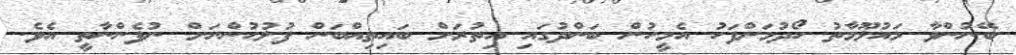
ބޭނުންވާ މައުލޫމާތު ހޯދުމަށްފަހު އެމީހުން ބަންދުގައި އިތުރަށް ބައިތިއްބަން ފުލުހުންނަށް ނުފެންނާތީ އެވެ.